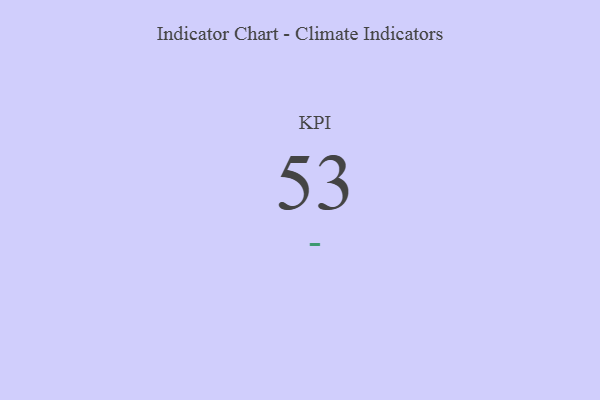
{"axis": {"x": "KPI", "y": "Value"}, "legend": [""], "data": [{"x": "KPI", "y": 53, "type": ""}]}